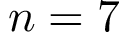
n = 7